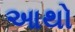
આથો